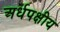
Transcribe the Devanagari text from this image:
अर्धपक्षीय